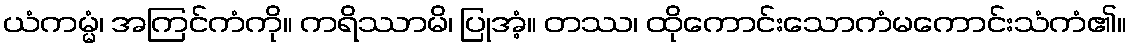
ယံကမ္မံ၊ အကြင်ကံကို။ ကရိဿာမိ၊ ပြုအံ့။ တဿ၊ ထိုကောင်းသောကံမကောင်းသံကံ၏။